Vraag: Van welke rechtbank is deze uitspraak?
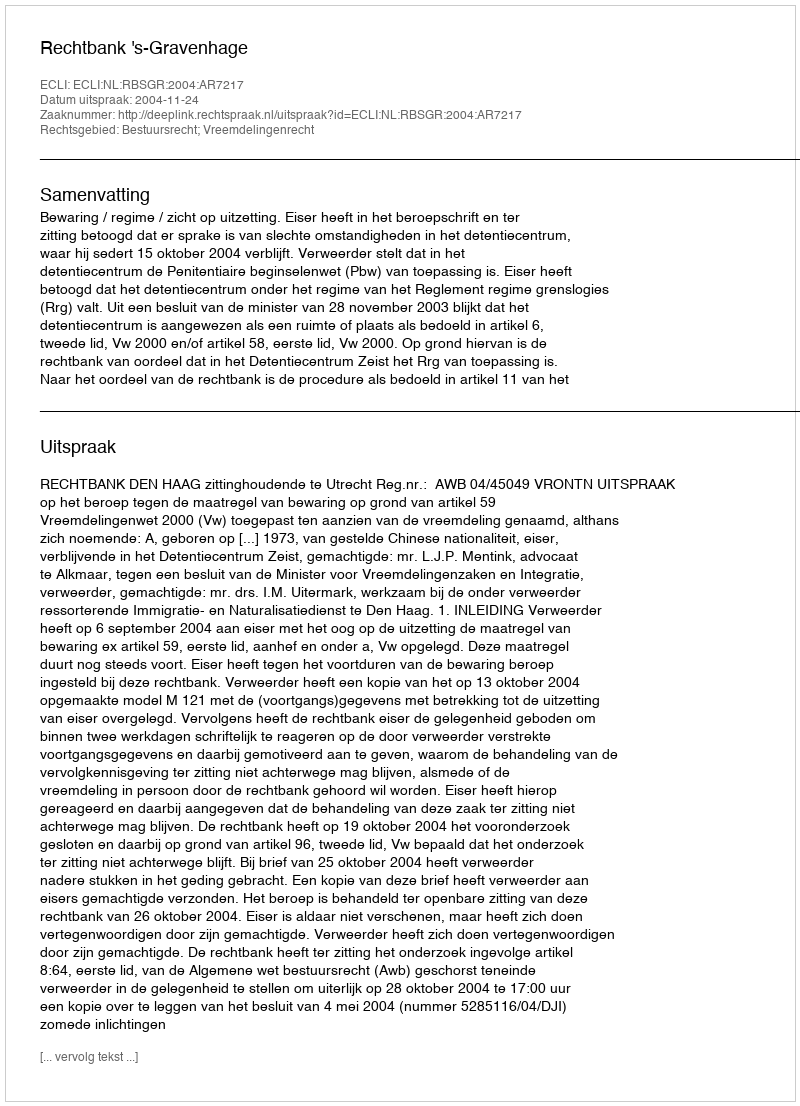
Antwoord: Rechtbank 's-Gravenhage